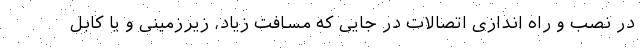
در نصب و راه اندازی اتصالات در جایی که مسافت زیاد، زیرزمینی و یا کابل